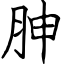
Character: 胂